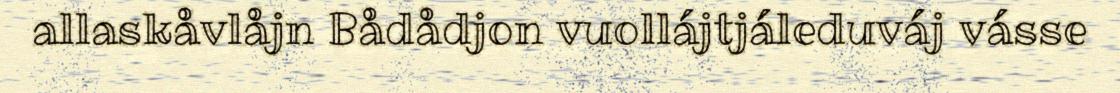
allaskåvlåjn Bådådjon vuollájtjáleduváj vásse